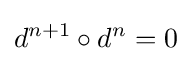
d^{n+1}\circ d^{n}=0